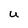
Character: U